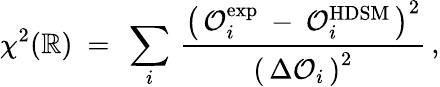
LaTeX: \chi^{2}(\mathbb{R})\ =\ \sum_{i}\, \frac{{\left(\, \mathcal{{O}}_{i}^{\mathrm{{exp}}}\: -\: \mathcal{{O}}_{i}^{\mathrm{{HDSM}}}\, \right)^{2}}}{{\left(\, \Delta\mathcal{{O}}_{i}\, \right)^{2}}}\, ,